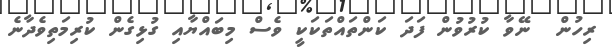
ރިހުން  ނޭވާ ކުރުވުން ފަދަ ކަންތައްތަކަކީ ވެސް މިބައްޔާއި ގުޅިގެން ކުރިމަތިވެދާނެ